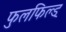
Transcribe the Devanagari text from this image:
फुलफिल्ड्